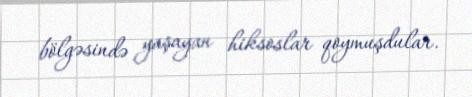
bölgəsində yaşayan hiksoslar qoymuşdular.